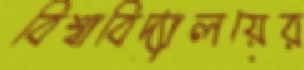
বিশ্বাবিদ্যালয়ের